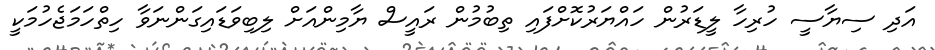
އަދި ސިޔާސީ ހުރިހާ ލީޑަރުން ހައްޔަރުކޮށްފައި ތިބުމުން ރައީސް ޔާމިންއަށް ލިބިވަޑައިގަންނަވާ ހިތްހަމަޖެހުމަކީ